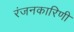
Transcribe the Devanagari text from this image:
रंजनकारिणी